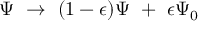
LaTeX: \Psi \ \to \ ( 1 - \epsilon ) \Psi \ + \ \epsilon \Psi _ { 0 }